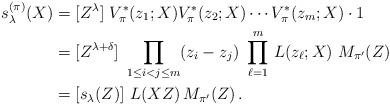
LaTeX: \begin{align*} s^{(\pi)}_\lambda(X) &= [Z^\lambda]\ V^*_\pi(z_1;X) V^*_\pi(z_2;X) \cdots V^*_\pi(z_m;X)\cdot 1 \cr &= [Z^{\lambda+\delta}]\ \prod_{1\le i<j\le m} (z_i-z_j)\ \prod_{\ell=1}^m\, L(z_\ell;X)\ M_{\pi'}(Z) \cr&= [s_\lambda(Z)] \ L(XZ)\,M_{\pi'}(Z) \,.\end{align*}